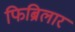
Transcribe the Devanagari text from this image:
फिब्रिलार